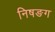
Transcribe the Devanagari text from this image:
निषङग